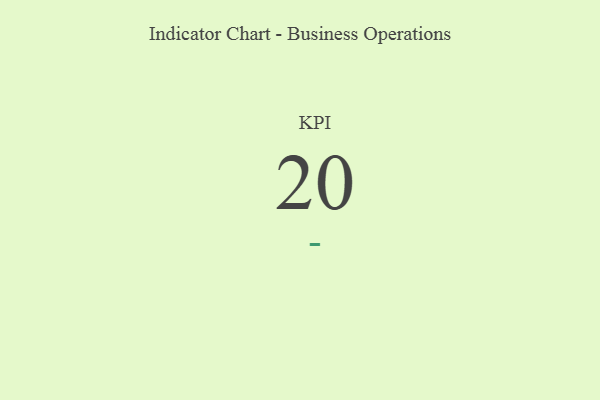
{"axis": {"x": "KPI", "y": "Value"}, "legend": [""], "data": [{"x": "KPI", "y": 20, "type": ""}]}